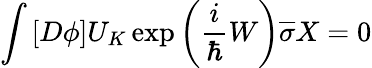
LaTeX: \int\left[D\phi\right]U_{K}\exp\left(\frac i\hbar W\right)\overline{{{\sigma}}}X=0